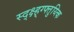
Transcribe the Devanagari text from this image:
स्द्क्ष्ह्ग्फ्तुय्त्कि